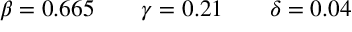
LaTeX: \beta = 0 . 6 6 5 \qquad \gamma = 0 . 2 1 \qquad \delta = 0 . 0 4